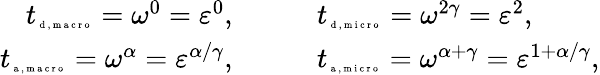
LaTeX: \begin{array}{rl}{{t}_{\tiny{\mathrm{~d~,~m~a~c~r~o~}}}=\omega^{0}=\varepsilon^{0},\qquad}&{{}{t}_{\tiny{\mathrm{~d~,~m~i~c~r~o~}}}=\omega^{2\gamma}=\varepsilon^{2},}\\ {{t}_{\tiny{\mathrm{~a~,~m~a~c~r~o~}}}=\omega^{\alpha}=\varepsilon^{\alpha/\gamma},\qquad}&{{}{t}_{\tiny{\mathrm{~a~,~m~i~c~r~o~}}}=\omega^{\alpha+\gamma}=\varepsilon^{1+\alpha/\gamma},}\end{array}